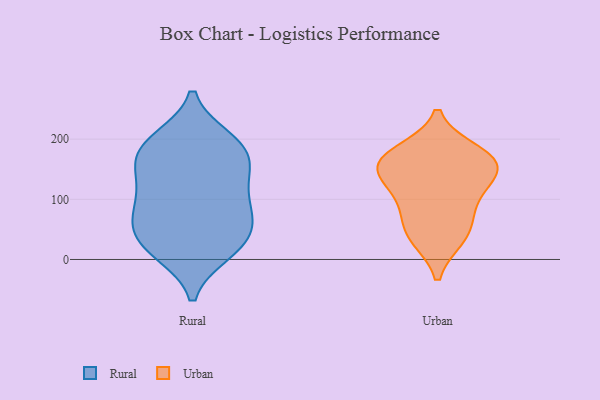
{"axis": {"x": "Budget (USD K)", "y": "Value"}, "legend": ["Rural", "Urban"], "data": [{"x": "", "y": 50, "type": "Rural"}, {"x": "", "y": 196, "type": "Rural"}, {"x": "", "y": 84, "type": "Rural"}, {"x": "", "y": 12, "type": "Rural"}, {"x": "", "y": 199, "type": "Rural"}, {"x": "", "y": 191, "type": "Rural"}, {"x": "", "y": 101, "type": "Rural"}, {"x": "", "y": 64, "type": "Rural"}, {"x": "", "y": 75, "type": "Rural"}, {"x": "", "y": 12, "type": "Rural"}, {"x": "", "y": 168, "type": "Rural"}, {"x": "", "y": 173, "type": "Rural"}, {"x": "", "y": 25, "type": "Rural"}, {"x": "", "y": 137, "type": "Rural"}, {"x": "", "y": 120, "type": "Rural"}, {"x": "", "y": 38, "type": "Rural"}, {"x": "", "y": 153, "type": "Rural"}, {"x": "", "y": 72, "type": "Urban"}, {"x": "", "y": 106, "type": "Urban"}, {"x": "", "y": 178, "type": "Urban"}, {"x": "", "y": 161, "type": "Urban"}, {"x": "", "y": 160, "type": "Urban"}, {"x": "", "y": 41, "type": "Urban"}, {"x": "", "y": 150, "type": "Urban"}, {"x": "", "y": 37, "type": "Urban"}, {"x": "", "y": 120, "type": "Urban"}, {"x": "", "y": 164, "type": "Urban"}]}